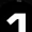
Digit: 1